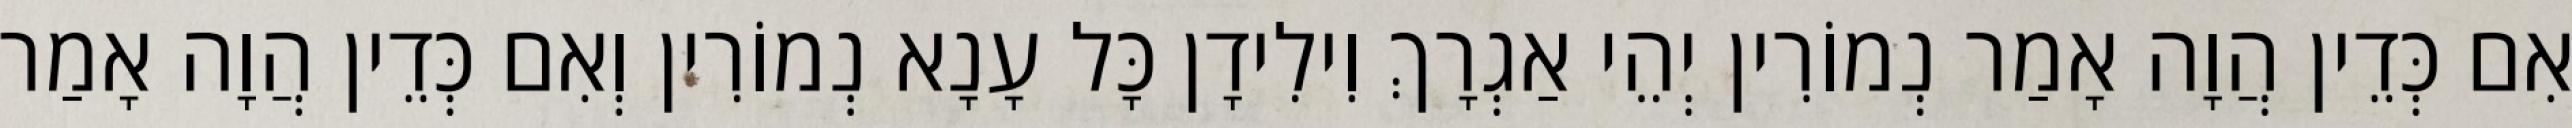
אִם כְּדֵין הֲוָה אָמַר נְמוֹרִין יְהֵי אַגְרָךְ וִילִידָן כָּל עָנָא נְמוֹרִין וְאִם כְּדֵין הֲוָה אָמַר